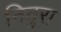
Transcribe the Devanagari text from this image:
निठुरा